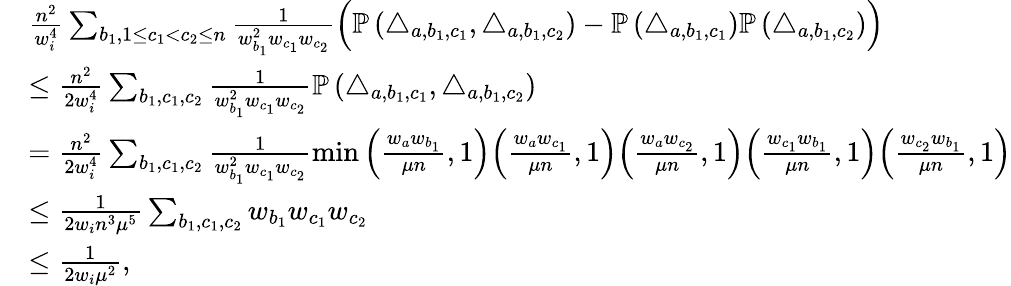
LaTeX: \begin{array}{rl}&{\frac{n^{2}}{w_{i}^{4}}\sum_{b_{1},1\leq c_{1}<c_{2}\leq n}\frac{1}{w_{b_{1}}^{2}w_{c_{1}}w_{c_{2}}}\Big(\mathbb{P}\left(\triangle_{a,b_{1},c_{1}},\triangle_{a,b_{1},c_{2}}\right)-\mathbb{P}\left(\triangle_{a,b_{1},c_{1}}\right)\mathbb{P}\left(\triangle_{a,b_{1},c_{2}}\right)\Big)}\\ &{\leq\frac{n^{2}}{2w_{i}^{4}}\sum_{b_{1},c_{1},c_{2}}\frac{1}{w_{b_{1}}^{2}w_{c_{1}}w_{c_{2}}}\mathbb{P}\left(\triangle_{a,b_{1},c_{1}},\triangle_{a,b_{1},c_{2}}\right)}\\ &{=\frac{n^{2}}{2w_{i}^{4}}\sum_{b_{1},c_{1},c_{2}}\frac{1}{w_{b_{1}}^{2}w_{c_{1}}w_{c_{2}}}\operatorname*{min}\Big(\frac{w_{a}w_{b_{1}}}{\mu n},1\Big)\Big(\frac{w_{a}w_{c_{1}}}{\mu n},1\Big)\Big(\frac{w_{a}w_{c_{2}}}{\mu n},1\Big)\Big(\frac{w_{c_{1}}w_{b_{1}}}{\mu n},1\Big)\Big(\frac{w_{c_{2}}w_{b_{1}}}{\mu n},1\Big)}\\ &{\leq\frac{1}{2w_{i}n^{3}\mu^{5}}\sum_{b_{1},c_{1},c_{2}}w_{b_{1}}w_{c_{1}}w_{c_{2}}}\\ &{\leq\frac{1}{2w_{i}\mu^{2}},}\end{array}